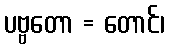
ပဗ္ဗတော = တောင်၊